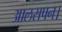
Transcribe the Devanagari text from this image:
आलसपन।